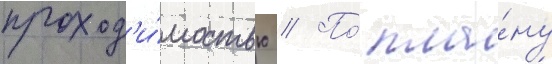
проход'и́мостью // По́ пла́ну